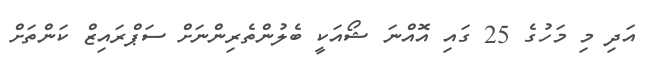
އަދި މި މަހުގެ 25 ގައި އޮއްނަ ޝޯއަކީ ބެލުންތެރިންނަށް ސަޕްރައިޒް ކަންތަށް